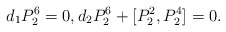
\begin{align*} d_1 P_2^6 =0, d_2 P_2^6 + [P_2^2, P_2^4] =0 .\end{align*}